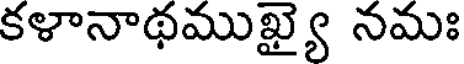
కళానాథముఖ్యై నమః